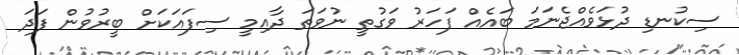
ސިކުނޑި ދުޅަވެއްޖެނަމަ ބައެއް ފަހަރު ވަގުތީ ނުވަތަ ދާއިމީ ސިފައަކަށް ބީރުވުން ފަދަ